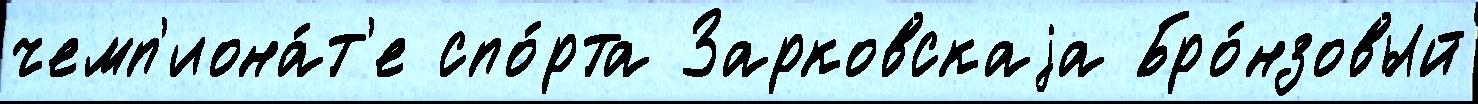
чемп'иона́т'е спо́рта Зарковскаjа Бро́нзовый